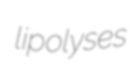
lipolyses